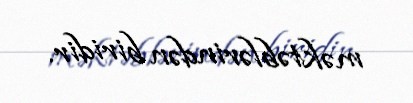
məktəblərindən biridir.